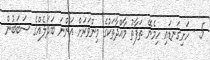
5 - ހަށިގަނޑައި ހިމެނޭ ތަފާތު މާއްދާތަކުގެ މިންވަރަށް އަންނަ ބަދަލެއްގެ ސަބަބުން